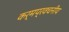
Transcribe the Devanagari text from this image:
कर्मप्रवचनीय